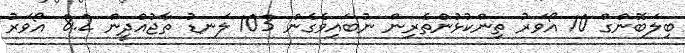
ބިލަބޮންގް 10 އޯވަރު ތިންކުޅުންތެރިން ނުބައިވެގެން 103 ލަނޑު ތާޖުއްދީން 8.2 އޯވަރު